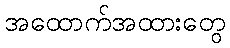
အထောက်အထားတွေ